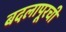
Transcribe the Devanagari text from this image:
बदलापूरची